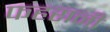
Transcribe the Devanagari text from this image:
फहरानी